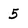
Character: 5